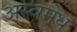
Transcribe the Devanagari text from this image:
अस्वमेध